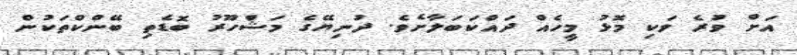
އަށް ވުރެ ވަކި މޮޅު މީހެއް ދައްކަބަލާށެވެ. ދުނިޔޭގެ މަޝްހޫރު ބޮޑެތި ބޭންކްތަކުން